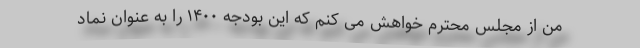
من از مجلس محترم خواهش می کنم که این بودجه ۱۴۰۰ را به عنوان نماد